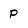
Character: p